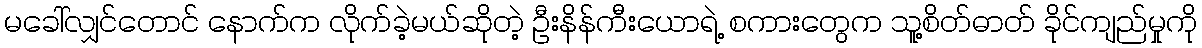
မခေါ်လျှင်တောင် နောက်က လိုက်ခဲ့မယ်ဆိုတဲ့ ဦးနိန်ကီးယောရဲ့ စကားတွေက သူ့စိတ်ဓာတ် ခိုင်ကျည်မှုကို